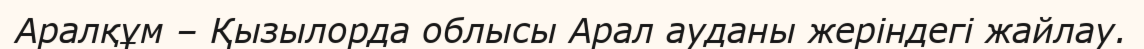
Аралқұм – Қызылорда облысы Арал ауданы жеріндегі жайлау.